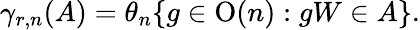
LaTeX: \gamma_{r,n}(A)=\theta_{n}\{ g\in\operatorname{O}(n):gW\in A\} .